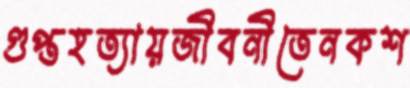
গুপ্তহত্যায়জীবনীতেনকশ